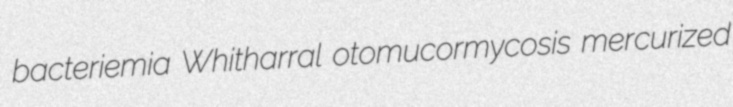
bacteriemia Whitharral otomucormycosis mercurized